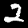
Label: 2